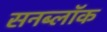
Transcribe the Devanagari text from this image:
सनब्लॉक